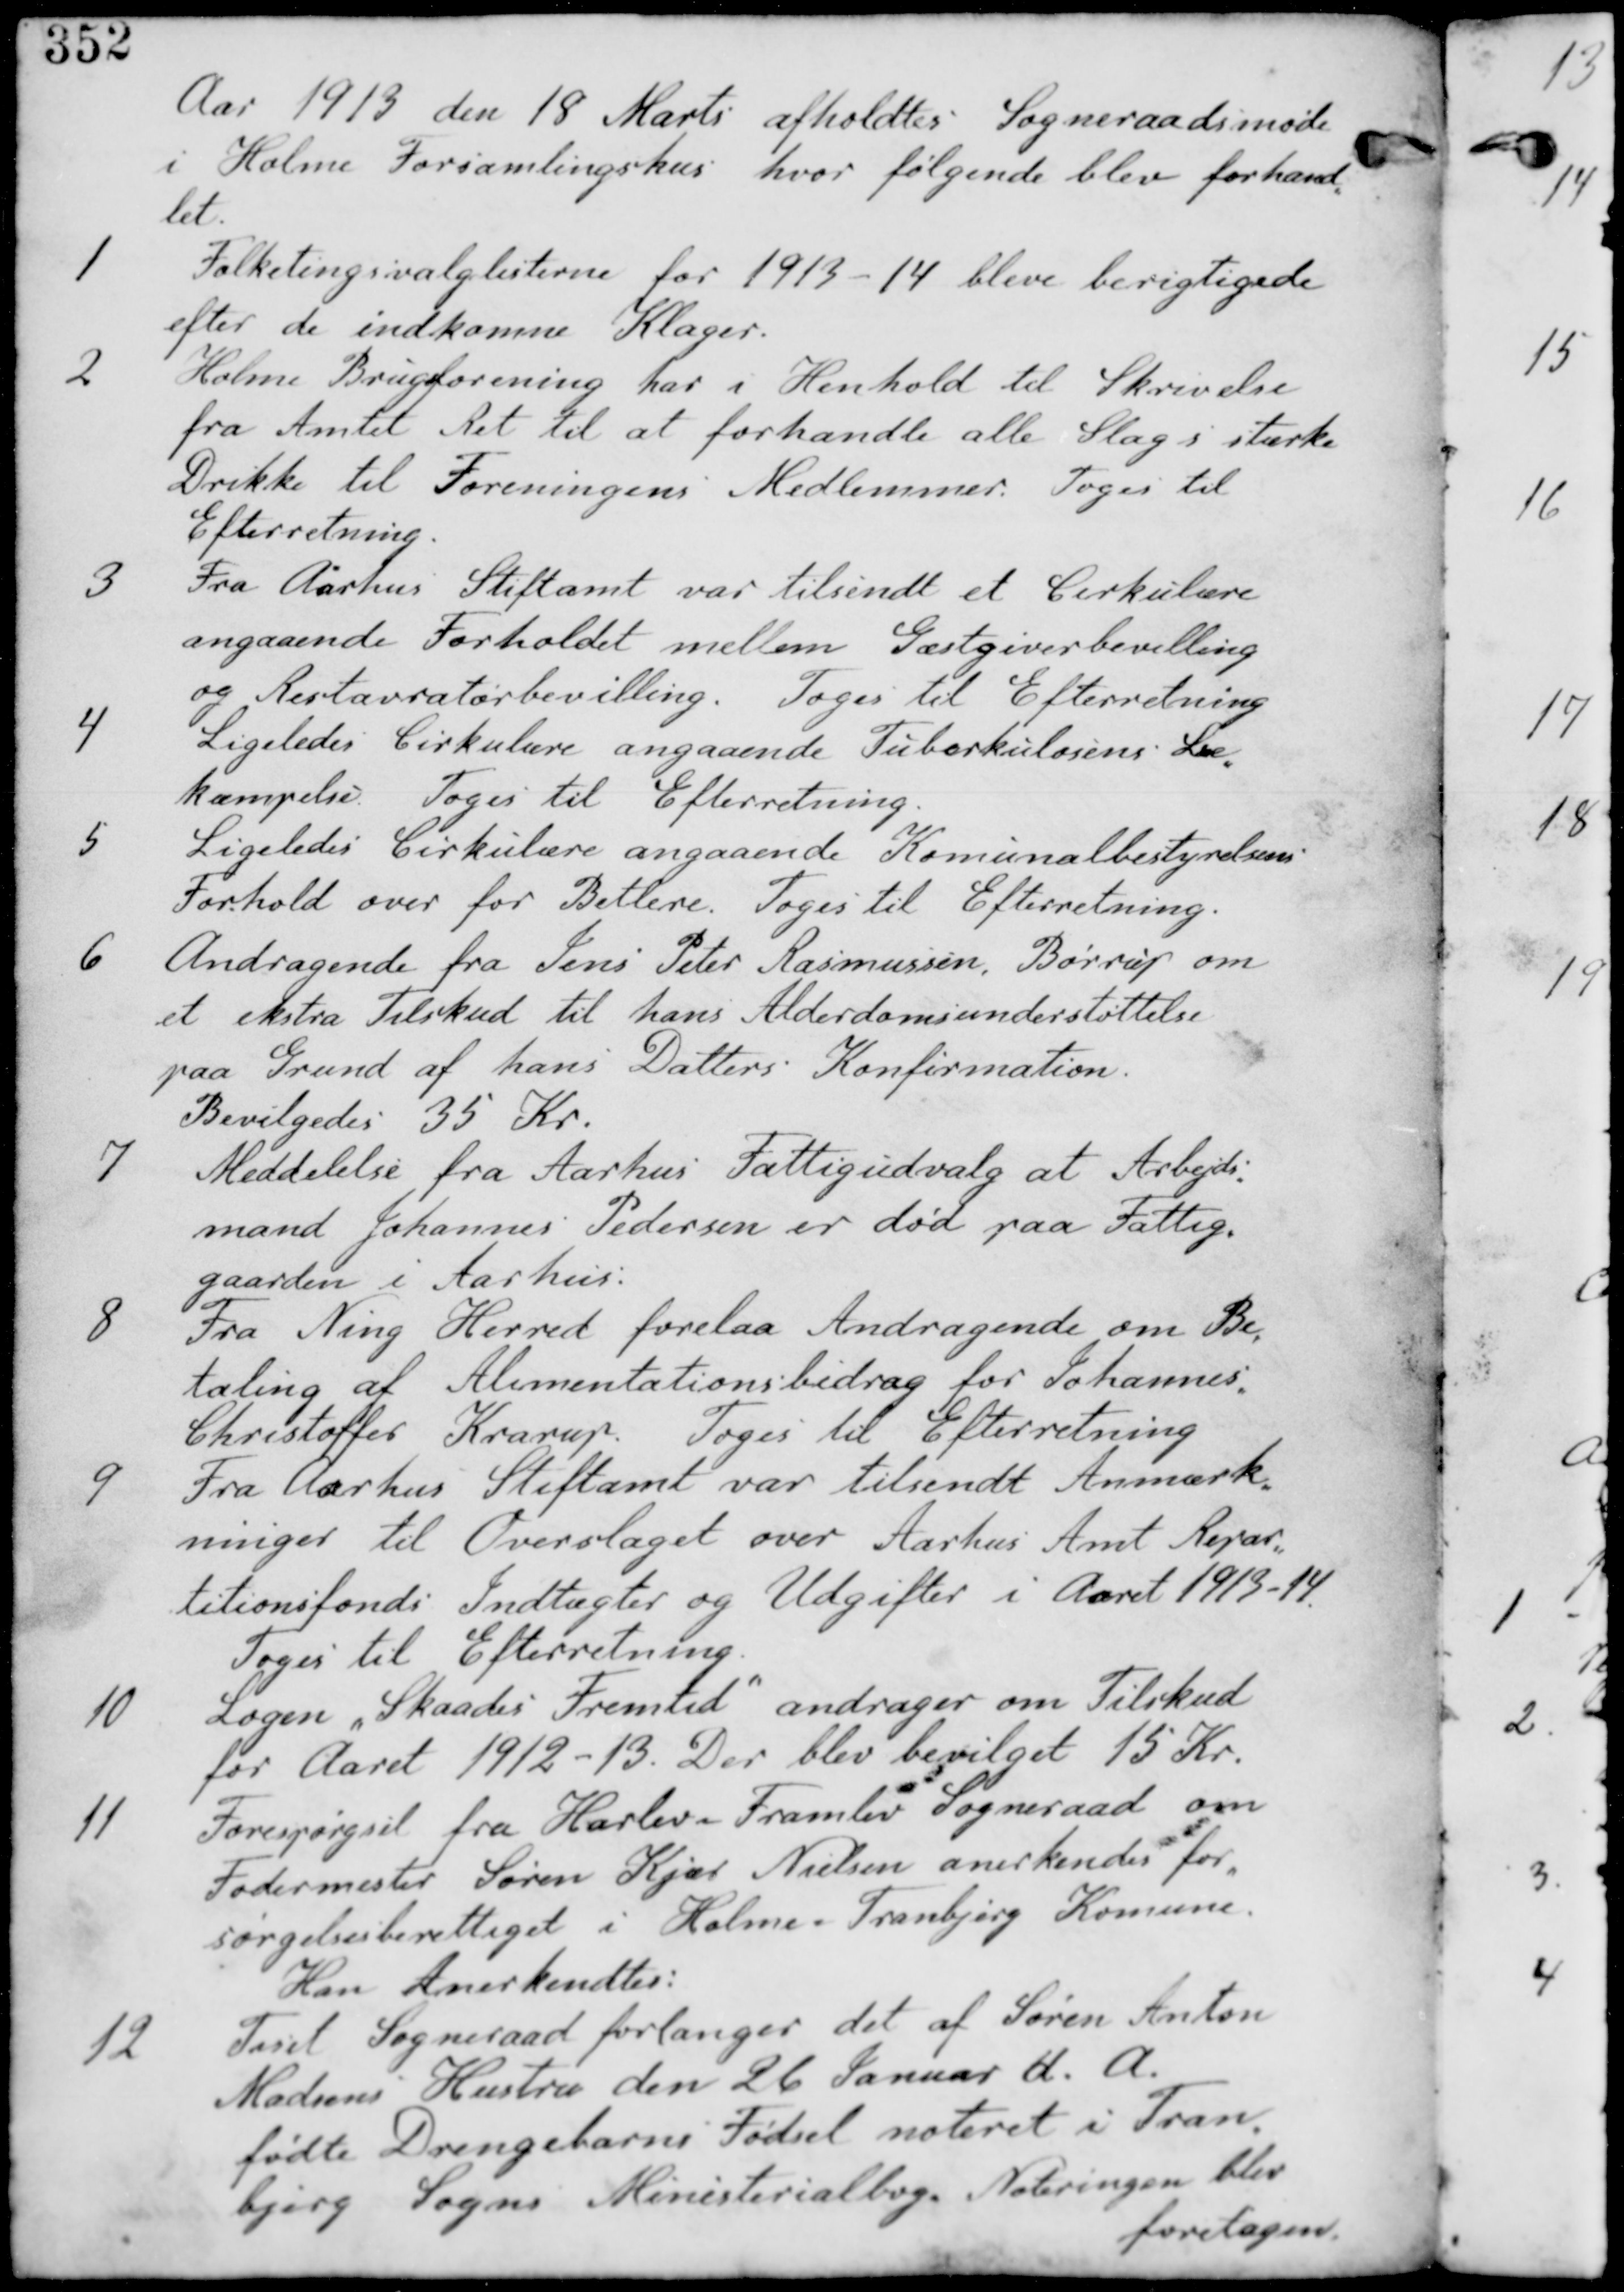
Transskription:
Aar 1913 den 18 Marts afholdes Sogneraadsmøde
i Holme Forsamlingshus hvor følgende blev forhand-
let.

1. Folketingsvalglisterne for 1913-14 blev berigtigede
efter de indkomne Klager.

2. Holme Brugsforening har i Henhold til Skrivelse
fra Amtet Ret til at forhandle alle Slags stærke
Drikke til Foreningens Medlemmer. Tages til
Efterretning.

3. Fra Aarhus Stiftamt var tilsendt et Cirkulære
angaaende Forhold mellem Gæstgiverbevilling
og Restauratørbevilling. Tages til Efterretning.

4. Ligeledes Cirkulære angaaende Tuberkulosens Be-
kømpelse. Tages til Efterretning.

5. Ligeledes Cirkulære angaaende Kommunalbestyrelsernes
Forhold over for Betleri. Tages til Efterretning.

6. Andragende fra Jens Peter Rasmussen, Børrup om
et ekstra Tilskud til hans Alderdomsunderstøttelse
paa Grund af hans Datters Konfirmation.
Bevilgedes 35 Kr.

7. Meddelelse fra Aarhus Fattigudvalg at Arbejds-
mand Johannes Pedersen er død paa Fattig-
gaarden i Aarhus.

8. Fra Ning Herred forelaa Andragende om Be-
taling af Alumentationsbidrag for Johannes
Christoffer Krarup. Tages til Efterretning.

9. Fra Aarhus Stiftamt var tilsendt Anmærk-
ninger til Overslaget over Aarhus Amt Repar-
titionsfondi Indtægter og Udgifter i Aaret 1913-14
Tages til Efterretning.

10. Sagen "Skaades Fremtid" andrager om Tilskud
for Aaret 1912-13. Der blev bevilget 15 Kr.

11. Forespørgsel fra Harlev Framlev Sogneraad om
Fodermester Søren Kjær Nielsen anerkendes for-
sørgelsesberettiget i Holme Tranbjerg Kommune
Kan Anerkendtes:

12. Tiset Sogneraad forlanger det af Søren Anton
Madsens Hustru den 26 Januar bl.a.
fødte Fødsel noteret i Tran-
bjerg Sogns Ministerialbog. Noteringen blev
foretaget.